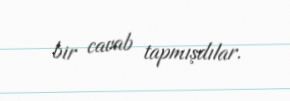
bir cavab tapmışdılar.